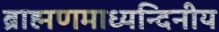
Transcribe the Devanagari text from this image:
ब्राह्मणमाध्यन्दिनीय